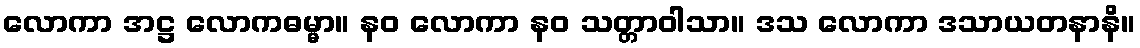
လောကာ အဋ္ဌ လောကဓမ္မာ။ နဝ လောကာ နဝ သတ္တာဝါသာ။ ဒသ လောကာ ဒသာယတနာနိ။